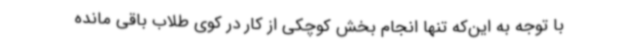
با توجه به این‌که تنها انجام بخش کوچکی از کار در کوی طلاب باقی مانده